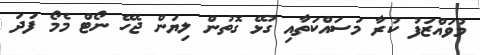
މުވައްޒަފު ކުރާ މަސައްކަތާއި ގުޅޭ ގޮތުން ލިޔަން ޖެހޭ ނޯޓް މެމޯ ފަދަ